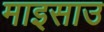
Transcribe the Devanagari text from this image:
माइसाउ